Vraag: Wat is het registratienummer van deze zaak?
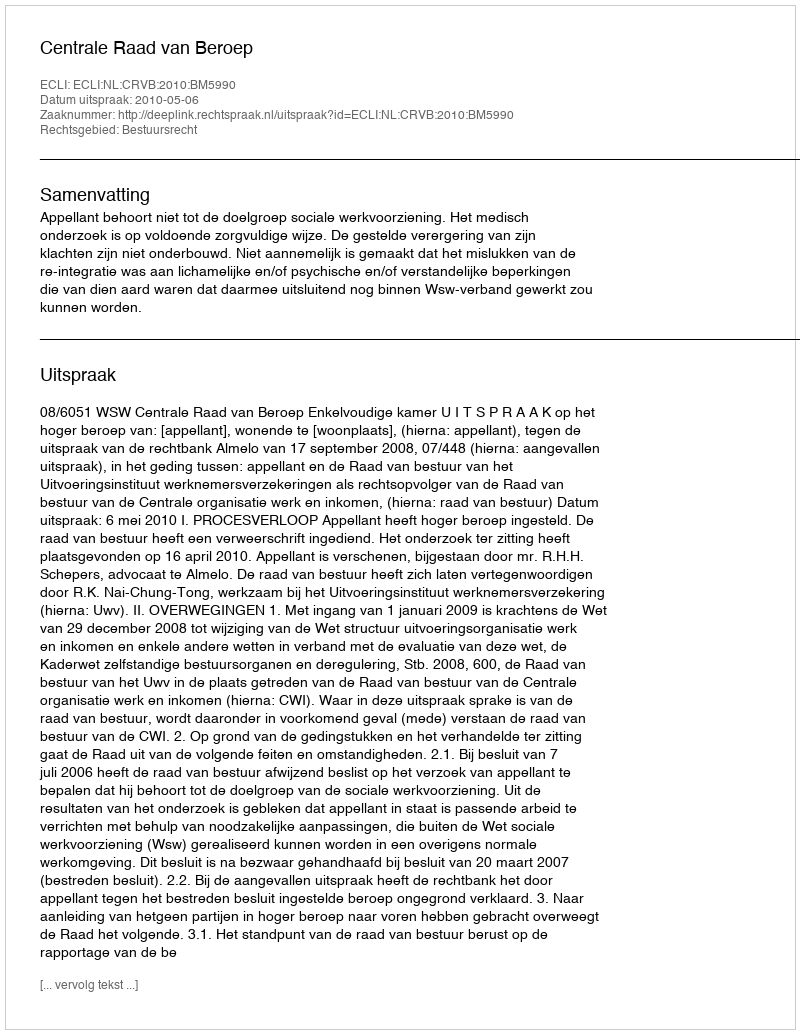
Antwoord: http://deeplink.rechtspraak.nl/uitspraak?id=ECLI:NL:CRVB:2010:BM5990